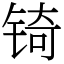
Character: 锜